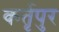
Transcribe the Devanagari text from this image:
कर्तृपुर